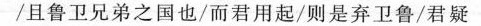
/且鲁卫兄弟之国也/而君用起/则是弃卫鲁/君疑